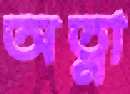
অত্না